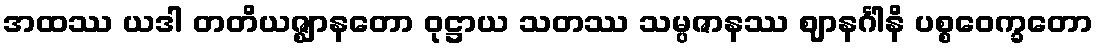
အထဿ ယဒါ တတိယဇ္ဈာနတော ဝုဋ္ဌာယ သတဿ သမ္ပဇာနဿ ဈာနင်္ဂါနိ ပစ္စဝေက္ခတော